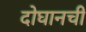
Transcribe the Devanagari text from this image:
दोघानची